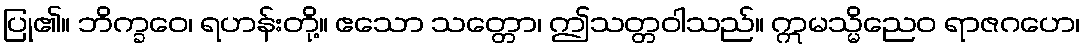
ပြု၏။ ဘိက္ခဝေ၊ ရဟန်းတို့။ ဧသော သတ္တော၊ ဤသတ္တဝါသည်။ ဣမသ္မိညေဝ ရာဇဂဟေ၊